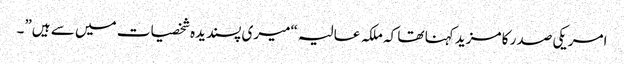
امریکی صدر کا مزید کہنا تھا کہ ملکہ عالیہ “میری پسندیدہ شخصیات میں سے ہیں”۔